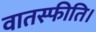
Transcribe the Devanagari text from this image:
वातस्फीति।